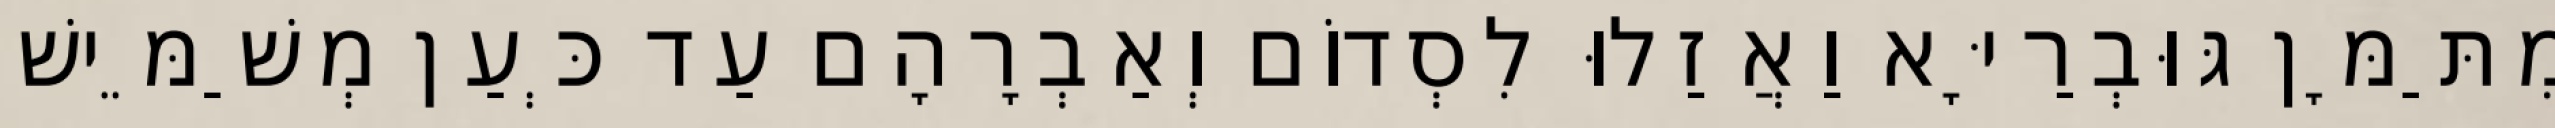
מִתַּמָּן גּוּבְרַיָּא וַאֲזַלוּ לִסְדוֹם וְאַבְרָהָם עַד כְּעַן מְשַׁמֵּישׁ